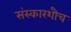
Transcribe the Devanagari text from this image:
संस्कारशौच